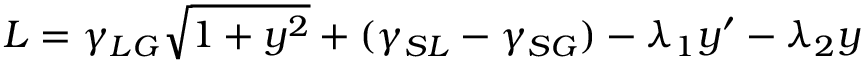
{ \cal { L } } = \gamma _ { L G } { \sqrt { 1 + y ^ { 2 } } } + ( \gamma _ { S L } - \gamma _ { S G } ) - \lambda _ { 1 } y ^ { \prime } - \lambda _ { 2 } y